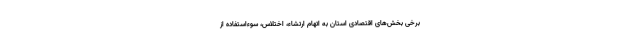
برخی بخش‌های اقتصادی استان به اتهام ارتشاء، اختلاس، سوءاستفاده از